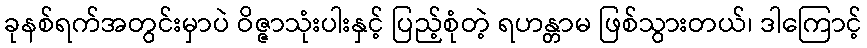
ခုနစ်ရက်အတွင်းမှာပဲ ဝိဇ္ဇာသုံးပါးနှင့် ပြည့်စုံတဲ့ ရဟန္တာမ ဖြစ်သွားတယ်၊ ဒါကြောင့်